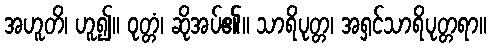
အဟူတိ၊ ဟူ၍။ ဝုတ္တံ၊ ဆိုအပ်၏။ သာရိပုတ္တ၊ အရှင်သာရိပုတ္တရာ။